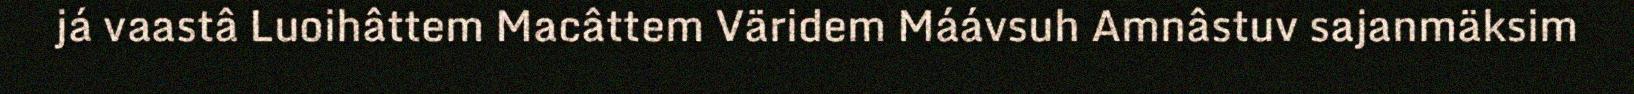
já vaastâ Luoihâttem Macâttem Väridem Máávsuh Amnâstuv sajanmäksim